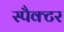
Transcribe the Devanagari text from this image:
स्पैक्टर